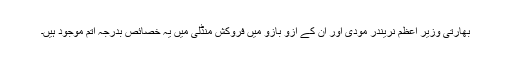
بھارتی وزیر اعظم نریندر مودی اور اُن کے آزو بازو میں فروکش منڈلی میں یہ خصائص بدرجہ اتم موجود ہیں۔